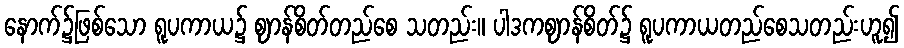
နောက်၌ဖြစ်သော ရူပကာယ၌ ဈာန်စိတ်တည်စေ သတည်း။ ပါဒကဈာန်စိတ်၌ ရူပကာယတည်စေသတည်းဟူ၍